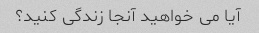
آیا می خواهید آنجا زندگی کنید؟